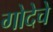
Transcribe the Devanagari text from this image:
गोदेचे